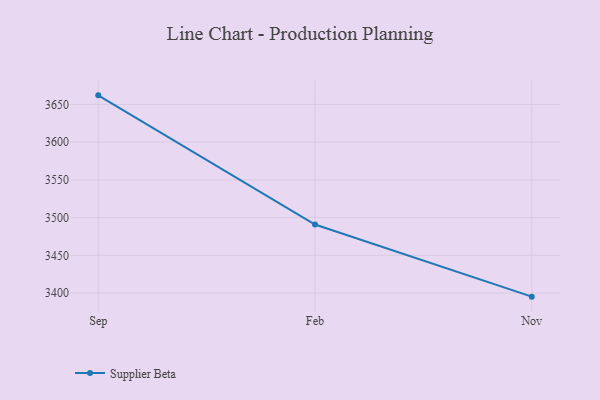
{"axis": {"x": "Month", "y": "Churn Rate (%)"}, "legend": ["Supplier Beta"], "data": [{"x": "Sep", "y": 3662.1, "type": "Supplier Beta"}, {"x": "Feb", "y": 3490.8, "type": "Supplier Beta"}, {"x": "Nov", "y": 3395.2, "type": "Supplier Beta"}]}